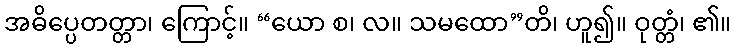
အဓိပ္ပေတတ္တာ၊ ကြောင့်။ “ယော စ၊ လ။ သမထော”တိ၊ ဟူ၍။ ဝုတ္တံ၊ ၏။